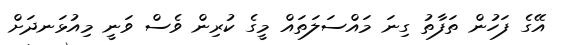
އޭގެ ފަހުން ތަފާތު ގިނަ މައްސަލަތައް މީގެ ކުރިން ވެސް ވަނީ މިއުޅަނދަށް